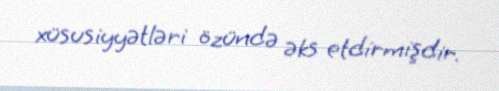
xüsusiyyətləri özündə əks etdirmişdir.